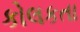
કોલકતા